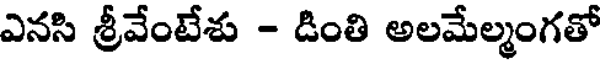
ఎనసి శ్రీవేంటేశు - డింతి అలమేల్మంగతో